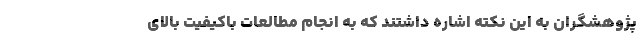
پژوهشگران به این نکته اشاره داشتند که به انجام مطالعات باکیفیت بالای